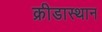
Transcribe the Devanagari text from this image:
क्रीडास्थान